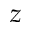
z